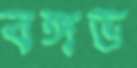
বঙ্গভ